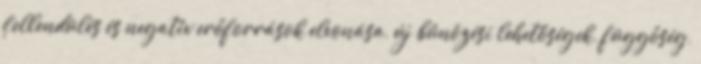
fellendülés és negatív erőforrások elvonása, új bűnözési lehetőségek, függőség,